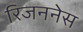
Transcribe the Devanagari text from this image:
रिजननेस